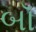
બૉ